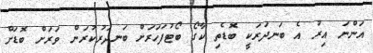
އަންނަ އިރު އެ ބަނދަރަކީ ބޮޑެތި ކާގޯ ބޯޓުފަހަރަށް ބަނދަރުކުރަން ވަރަށް ބޮޑަށް